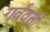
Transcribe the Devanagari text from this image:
गर्ववती